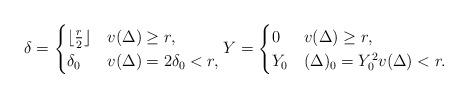
LaTeX: \begin{align*}\delta = \begin{cases} \lfloor \frac{r}{2} \rfloor & v(\Delta) \geq r, \\\delta_0 & v(\Delta) = 2\delta_0 <r, \\\end{cases} Y = \begin{cases} 0 &v(\Delta) \geq r, \\Y_0 & (\Delta)_0 = Y_0^2 v(\Delta)<r.\end{cases} \end{align*}